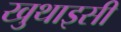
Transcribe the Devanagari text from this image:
खुथाइसी